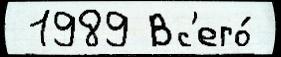
 1989 Вс'его́